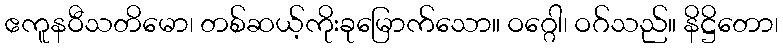
ဧကူနဝီသတိမော၊ တစ်ဆယ့်ကိုးခုမြောက်သော။ ဝဂ္ဂေါ၊ ဝဂ်သည်။ နိဋ္ဌိတော၊